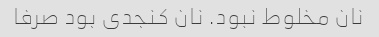
نان مخلوط نبود. نان کنجدی بود صرفا